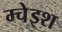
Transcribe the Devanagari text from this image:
म्चेइश